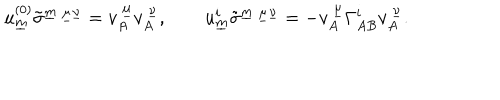
u _ { \underline { { { m } } } } ^ { ( 0 ) } \tilde { \sigma } ^ { \underline { { { m } } } ~ \underline { { { \mu } } } \underline { { { \nu } } } } = v _ { A } ^ { ~ \underline { { { \mu } } } } v _ { A } ^ { ~ \underline { { { \nu } } } } , \qquad u _ { \underline { { { m } } } } ^ { i } \tilde { \sigma } ^ { \underline { { { m } } } ~ \underline { { { \mu } } } \underline { { { \nu } } } } = - v _ { A } ^ { ~ \underline { { { \mu } } } } \Gamma _ { A B } ^ { i } v _ { A } ^ { ~ \underline { { { \nu } } } } .